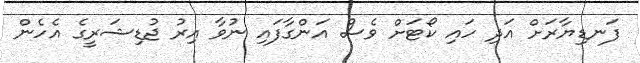
ފަނޑިޔާރަށް އަދި ހައި ކޯޓަށް ވެސް އަންގާފައި ނުވާ އިރު ޖުޑިޝަރީގެ އެހެން